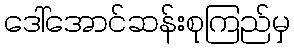
ဒေါ်အောင်ဆန်းစုကြည်မှ